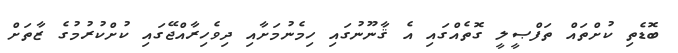
ބޮޑެތި ކުށްތައް ތަފްޞީލީ ގޮތެއްގައި އެ ޤާނޫނުގައި ހިމެނުމަށާއި ދިވެހިރާއްޖޭގައި ކުށްކުރުމުގެ ޒާތަށް